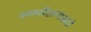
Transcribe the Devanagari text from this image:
हस्तकौशल्यासाठी